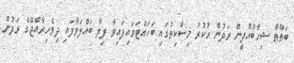
ބަޠޫޠާ ޝިހާބުއްދީން ރަދުން ހުކުރު މިސްކިތުގައި ބަހައްޓަވައިފައިވާ ފިލާ ބައްލަވާފައި ދިވެހިރާއްޖޭގެ ރަދުން